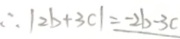
\therefore \vert 2 b + 3 c \vert = - 2 b - 3 c